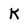
Character: K